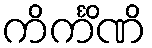
ကိင်္ကိဏိ